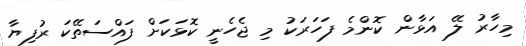
މިހާރު ލޭ އަޅާން ކޮންމެ ފަހަރަކު މި ޖެހެނީ ކޮޅަކަށް ފައްސަތޭކަ ރުފިޔާ